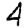
Digit: 4